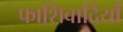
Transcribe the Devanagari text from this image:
फाशिवादियों